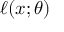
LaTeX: \ell ( x ; \theta )